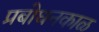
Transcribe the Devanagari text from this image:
प्रबोधनकाळ